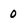
Character: 0